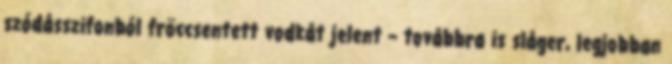
szódásszifonból fröccsentett vodkát jelent – továbbra is sláger, legjobban